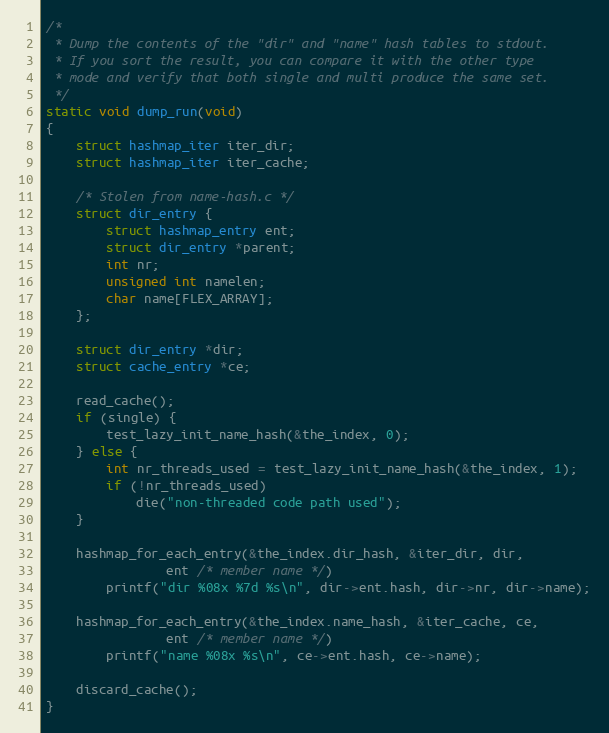
Language: C
/*
 * Dump the contents of the "dir" and "name" hash tables to stdout.
 * If you sort the result, you can compare it with the other type
 * mode and verify that both single and multi produce the same set.
 */
static void dump_run(void)
{
	struct hashmap_iter iter_dir;
	struct hashmap_iter iter_cache;

	/* Stolen from name-hash.c */
	struct dir_entry {
		struct hashmap_entry ent;
		struct dir_entry *parent;
		int nr;
		unsigned int namelen;
		char name[FLEX_ARRAY];
	};

	struct dir_entry *dir;
	struct cache_entry *ce;

	read_cache();
	if (single) {
		test_lazy_init_name_hash(&the_index, 0);
	} else {
		int nr_threads_used = test_lazy_init_name_hash(&the_index, 1);
		if (!nr_threads_used)
			die("non-threaded code path used");
	}

	hashmap_for_each_entry(&the_index.dir_hash, &iter_dir, dir,
				ent /* member name */)
		printf("dir %08x %7d %s\n", dir->ent.hash, dir->nr, dir->name);

	hashmap_for_each_entry(&the_index.name_hash, &iter_cache, ce,
				ent /* member name */)
		printf("name %08x %s\n", ce->ent.hash, ce->name);

	discard_cache();
}